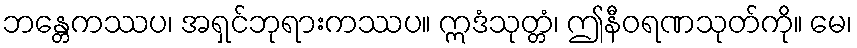
ဘန္တေကဿပ၊ အရှင်ဘုရားကဿပ။ ဣဒံသုတ္တံ၊ ဤနီဝရဏသုတ်ကို။ မေ၊